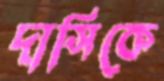
দাসিকে